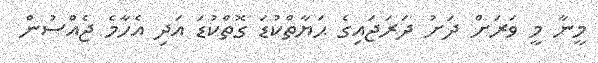
މީނާ މީ ވަރަށް ދަށު ދަރަޖައިގެ ޙަޔާތްކުޑަ ގޮތްކުޑަ އަދި އެހާމެ ޖެއްސުން